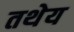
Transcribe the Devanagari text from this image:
तथेय